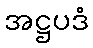
အဋ္ဌပဒံ